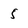
Character: 5